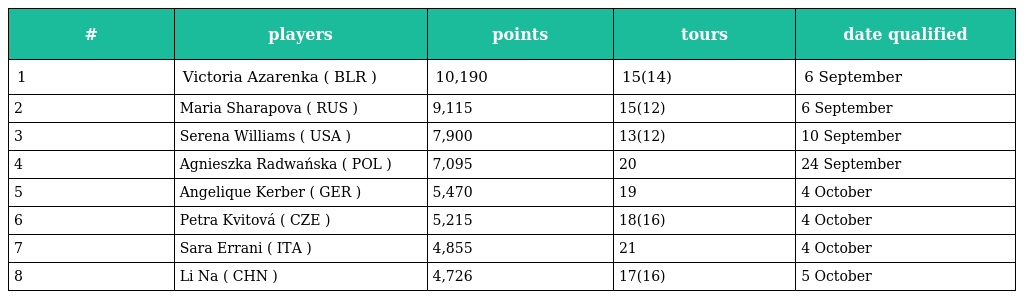
| # | players | points | tours | date qualified |
 | --- | --- | --- | --- | --- |
 | 1 | Victoria Azarenka ( BLR ) | 10,190 | 15(14) | 6 September |
 | 2 | Maria Sharapova ( RUS ) | 9,115 | 15(12) | 6 September |
 | 3 | Serena Williams ( USA ) | 7,900 | 13(12) | 10 September |
 | 4 | Agnieszka Radwańska ( POL ) | 7,095 | 20 | 24 September |
 | 5 | Angelique Kerber ( GER ) | 5,470 | 19 | 4 October |
 | 6 | Petra Kvitová ( CZE ) | 5,215 | 18(16) | 4 October |
 | 7 | Sara Errani ( ITA ) | 4,855 | 21 | 4 October |
 | 8 | Li Na ( CHN ) | 4,726 | 17(16) | 5 October |